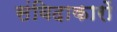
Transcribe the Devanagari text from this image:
संविदाकारों